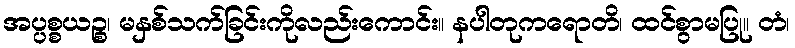
အပ္ပစ္စယဉ္စ၊ မနှစ်သက်ခြင်းကိုလည်းကောင်း။ နပါတုကရောတိ၊ ထင်စွာမပြု။ တံ၊